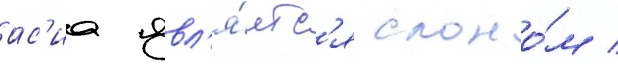
ас'иа явл'я́етс'я слоно́м /